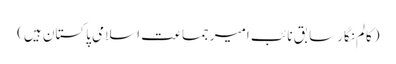
(کالم نگارسابق نائب امیرجماعت اسلامی پاکستان ہیں)